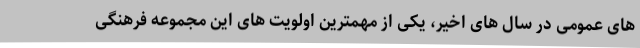
های عمومی در سال های اخیر، یکی از مهمترین اولویت های این مجموعه فرهنگی